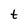
Character: t